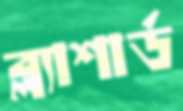
ব্ল্যাশার্ড